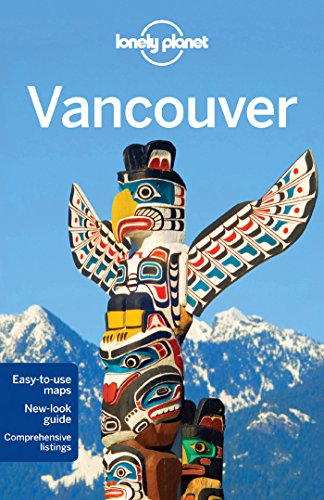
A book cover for Lonely Planet Vancouver (Travel Guide); Lonely Planet; Travel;